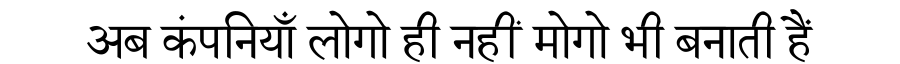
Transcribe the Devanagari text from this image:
अब कंपनियाँ लोगो ही नहीं मोगो भी बनाती हैं